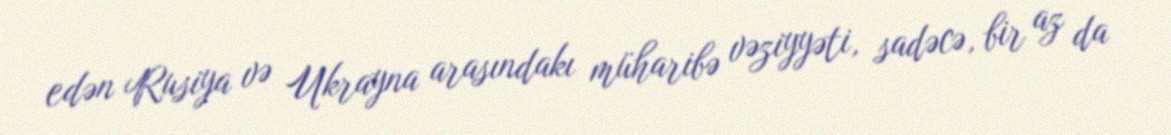
edən Rusiya və Ukrayna arasındakı müharibə vəziyyəti, sadəcə, bir az da